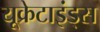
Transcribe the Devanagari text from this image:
यूक्रेटाइंड्स